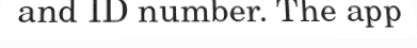
and ID number. The app